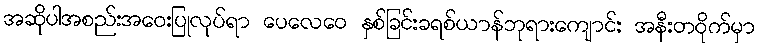
အဆိုပါအစည်းအဝေးပြုလုပ်ရာ ပေလေဝေ နှစ်ခြင်းခရစ်ယာန်ဘုရားကျောင်း အနီးတဝိုက်မှာ